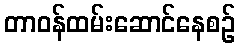
တာဝန်ထမ်းဆောင်နေစဉ်